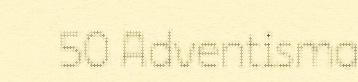
50 Adventisma